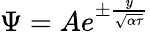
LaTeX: \Psi=Ae^{\pm\frac{y}{\sqrt{\alpha\tau}}}